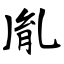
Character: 胤